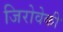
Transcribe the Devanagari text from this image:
जिरोवेकी